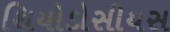
થિયોડોસીયસ